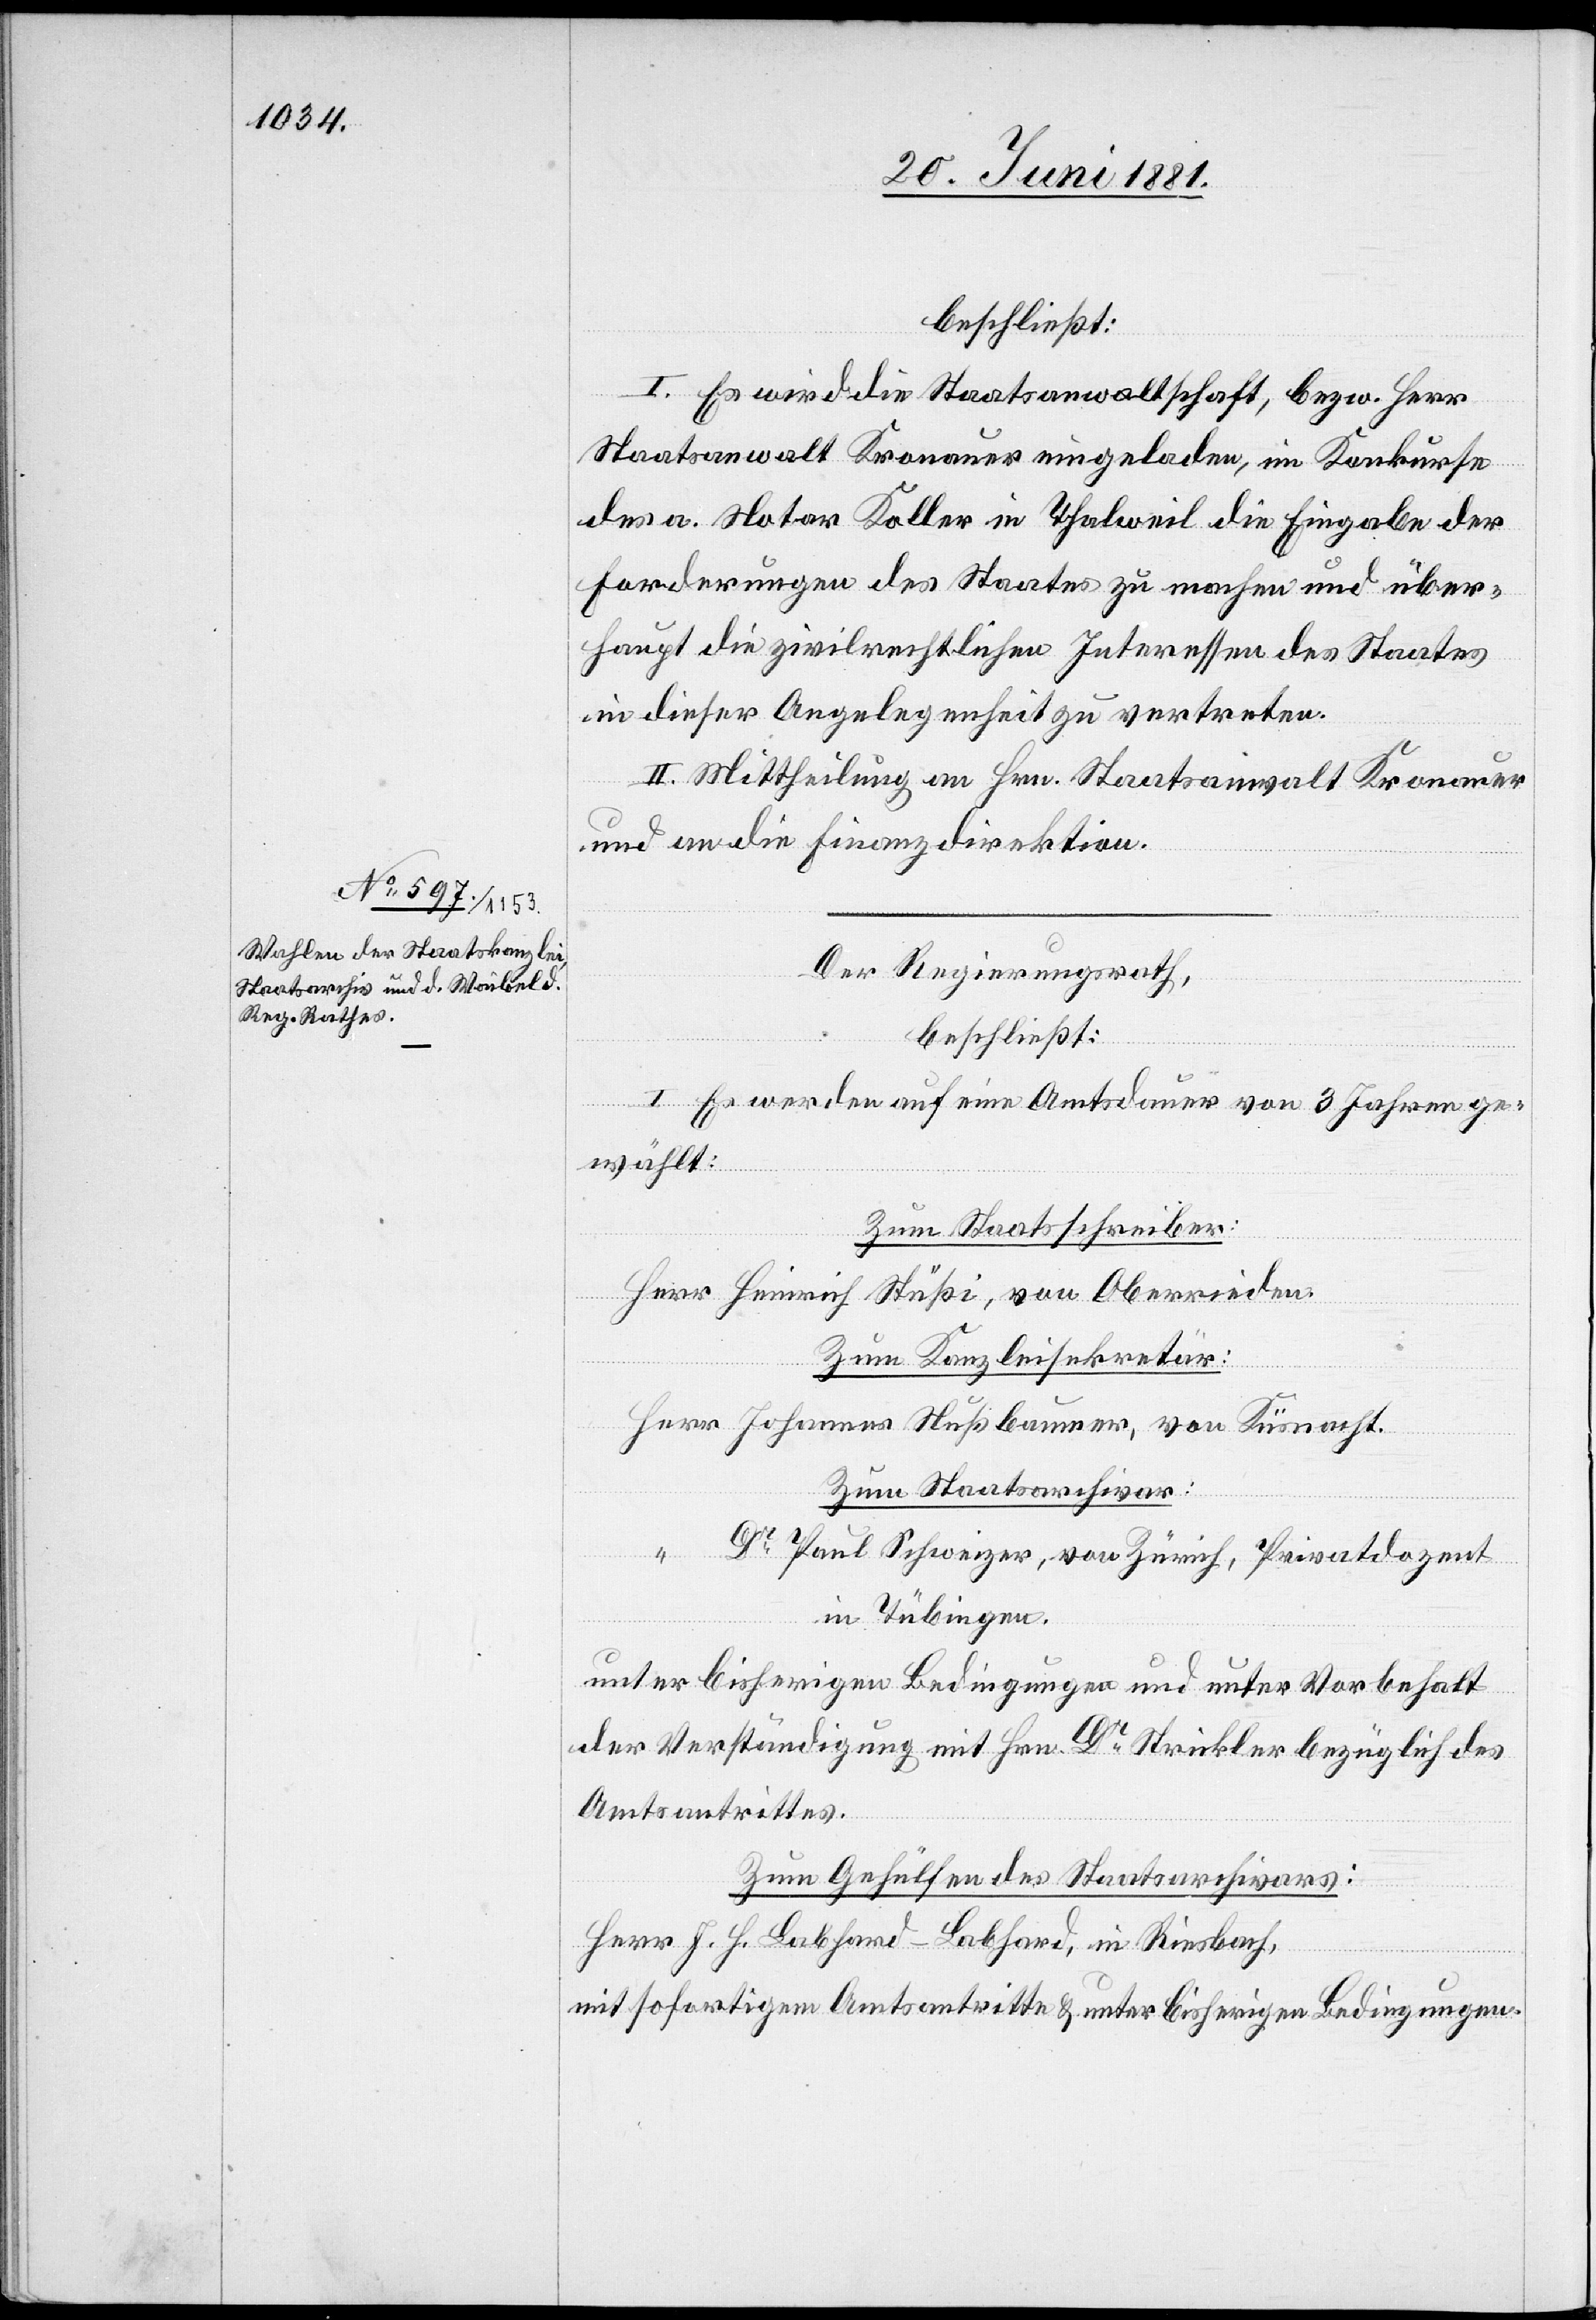
beschließt:
I. Es wird die Staatsanwaltschaft, bezw. Herr
Staatsanwalt Kronauer eingeladen, im Konkurse
des a. Notar Koller in Thalweil die Eingabe der
Forderungen des Staates zu machen und über¬
haupt die zivilrechtlichen Interessen des Staates
in dieser Angelegenheit zu vertreten.
II. Mittheilung an Hrn. Staatsanwalt Kronauer
und an die Finanzdirektion.
Der Regierungsrath,
beschließt:
I. Es werden auf eine Amtsdauer von 3 Jahren ge¬
wählt:
Zum Staatsschreiber:
Herr Heinrich Stüßi, von Oberrieden.
Zum Kanzleisekretär:
Herr Johannes Nußbaumer, von Küsnacht.
Zum Staatsarchivar:
Dr Paul Schweizer, von Zürich, Privatdozent
in Tübingen.
unter bisherigen Bedingungen und unter Vorbehalt
der Verständigung mit Hrn. Dr Strickler bezüglich des
Amtsantrittes.
Zum Gehülfen des Staatsarchivars:
Herr J. H. Labhard-Labhard, in Riesbach
mit sofortigem Amtsantritte & unter bisherigen Bedingungen.